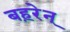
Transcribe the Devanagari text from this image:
बह़रेन्